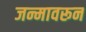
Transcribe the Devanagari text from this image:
जन्मावरून